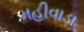
મહીવાડા